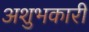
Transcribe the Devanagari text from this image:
अशुभकारी